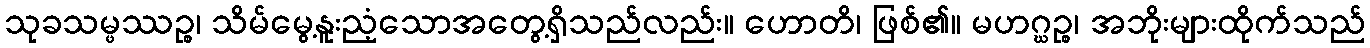
သုခသမ္ဖဿဉ္စ၊ သိမ်မွေ့နူးညံ့သောအတွေ့ရှိသည်လည်း။ ဟောတိ၊ ဖြစ်၏။ မဟဂ္ဃဉ္စ၊ အဘိုးများထိုက်သည်